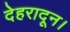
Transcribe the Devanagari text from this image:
देहरादून।